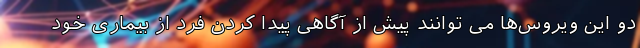
دو این ویروس‌ها می توانند پیش از آگاهی پیدا کردن فرد از بیماری خود